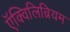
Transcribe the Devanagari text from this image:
ऍक्विलिब्रियम